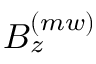
B _ { z } ^ { ( m w ) }